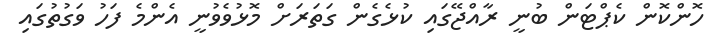
ހޮންކޮން ކެޕްޓަން ބުނީ ރާއްޖޭގައި ކުޅެގެން ގަތަރަށް މޮޅުވެވުނީ އެންމެ ފަހު ވަގުތުގައި